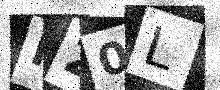
Text: I20L